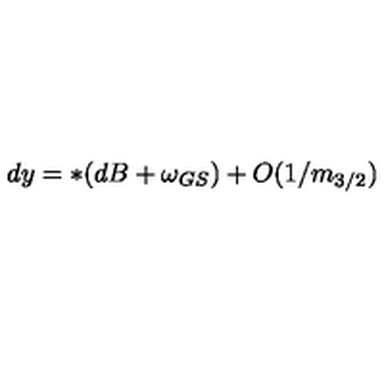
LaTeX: d y = * ( d B + \omega _ { G S } ) + O ( 1 / m _ { 3 / 2 } )